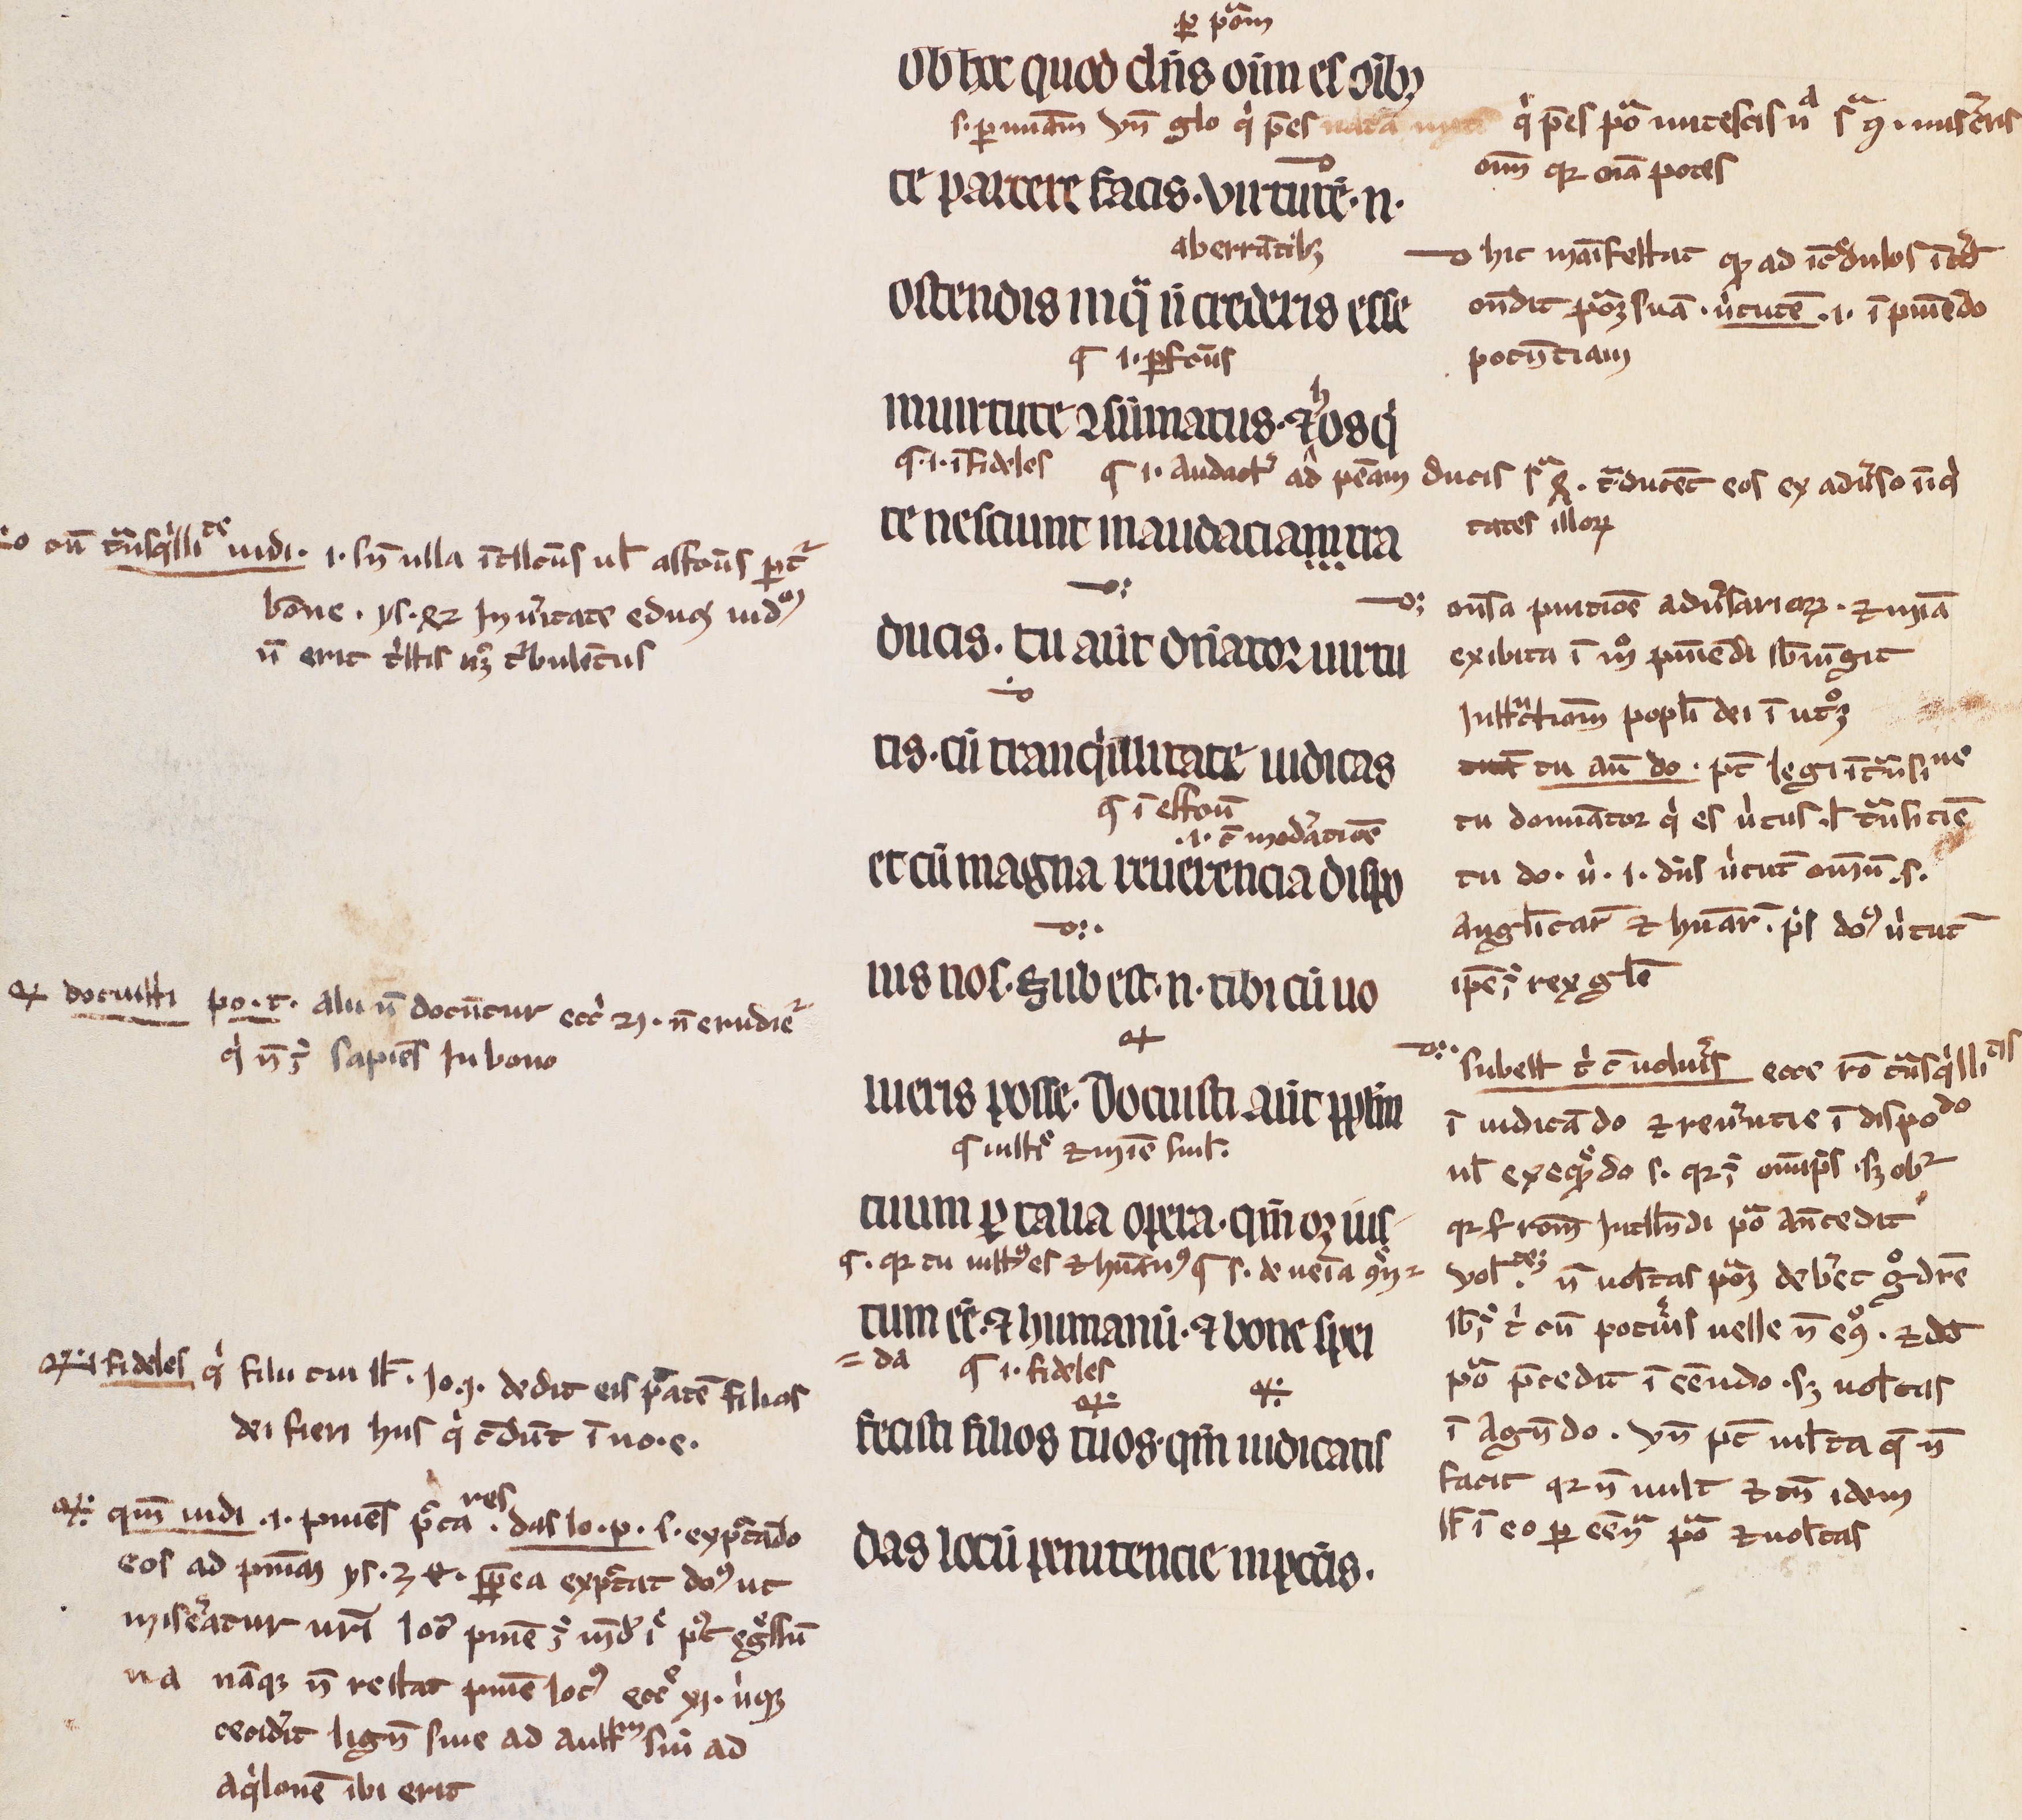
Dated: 1200–1299